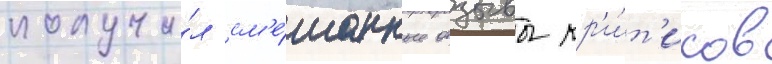
получи́л см'е́шанные отзывы кр'и́т'иков